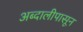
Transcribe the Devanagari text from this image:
अब्दालीपासून